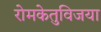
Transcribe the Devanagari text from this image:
रोमकेतुविजया